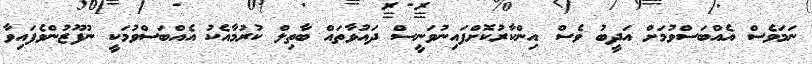
ނަމަވެސް އެއްބަސްވުމަށް އަދީބު ވެސް އިންކާރުކޮށްފައިނުވަނީސް ދައުވާތައް ބާތިލް ކުރުމާއެކު އެއްބަސްވުމަކީ ނުފޫޒުންވެފައިވާ